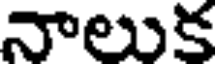
నాలుక